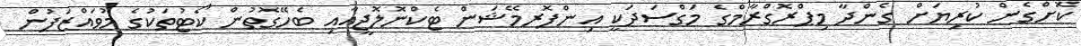
ކޮށްގެން ކުރިޔަށް ގެންދާ މިޕްރޮގްރާމްގެ މަގްސަދަކީ އިންފޮރމޭޝަން ޓެކްނޮލޮޖީއާއި ބެހޭގޮތުން ކޯޓުތަކުގެ މުވައްޒަފުން